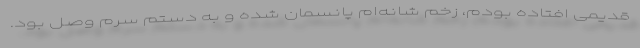
قدیمی افتاده بودم، زخم شانه‌ام پانسمان شده و به دستم سِرُم وصل بود.